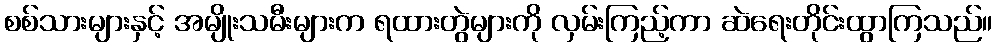
စစ်သားများနှင့် အမျိုးသမီးများက ရထားတွဲများကို လှမ်းကြည့်ကာ ဆဲရေးတိုင်းထွာကြသည်။